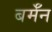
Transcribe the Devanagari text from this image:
बर्मॅन